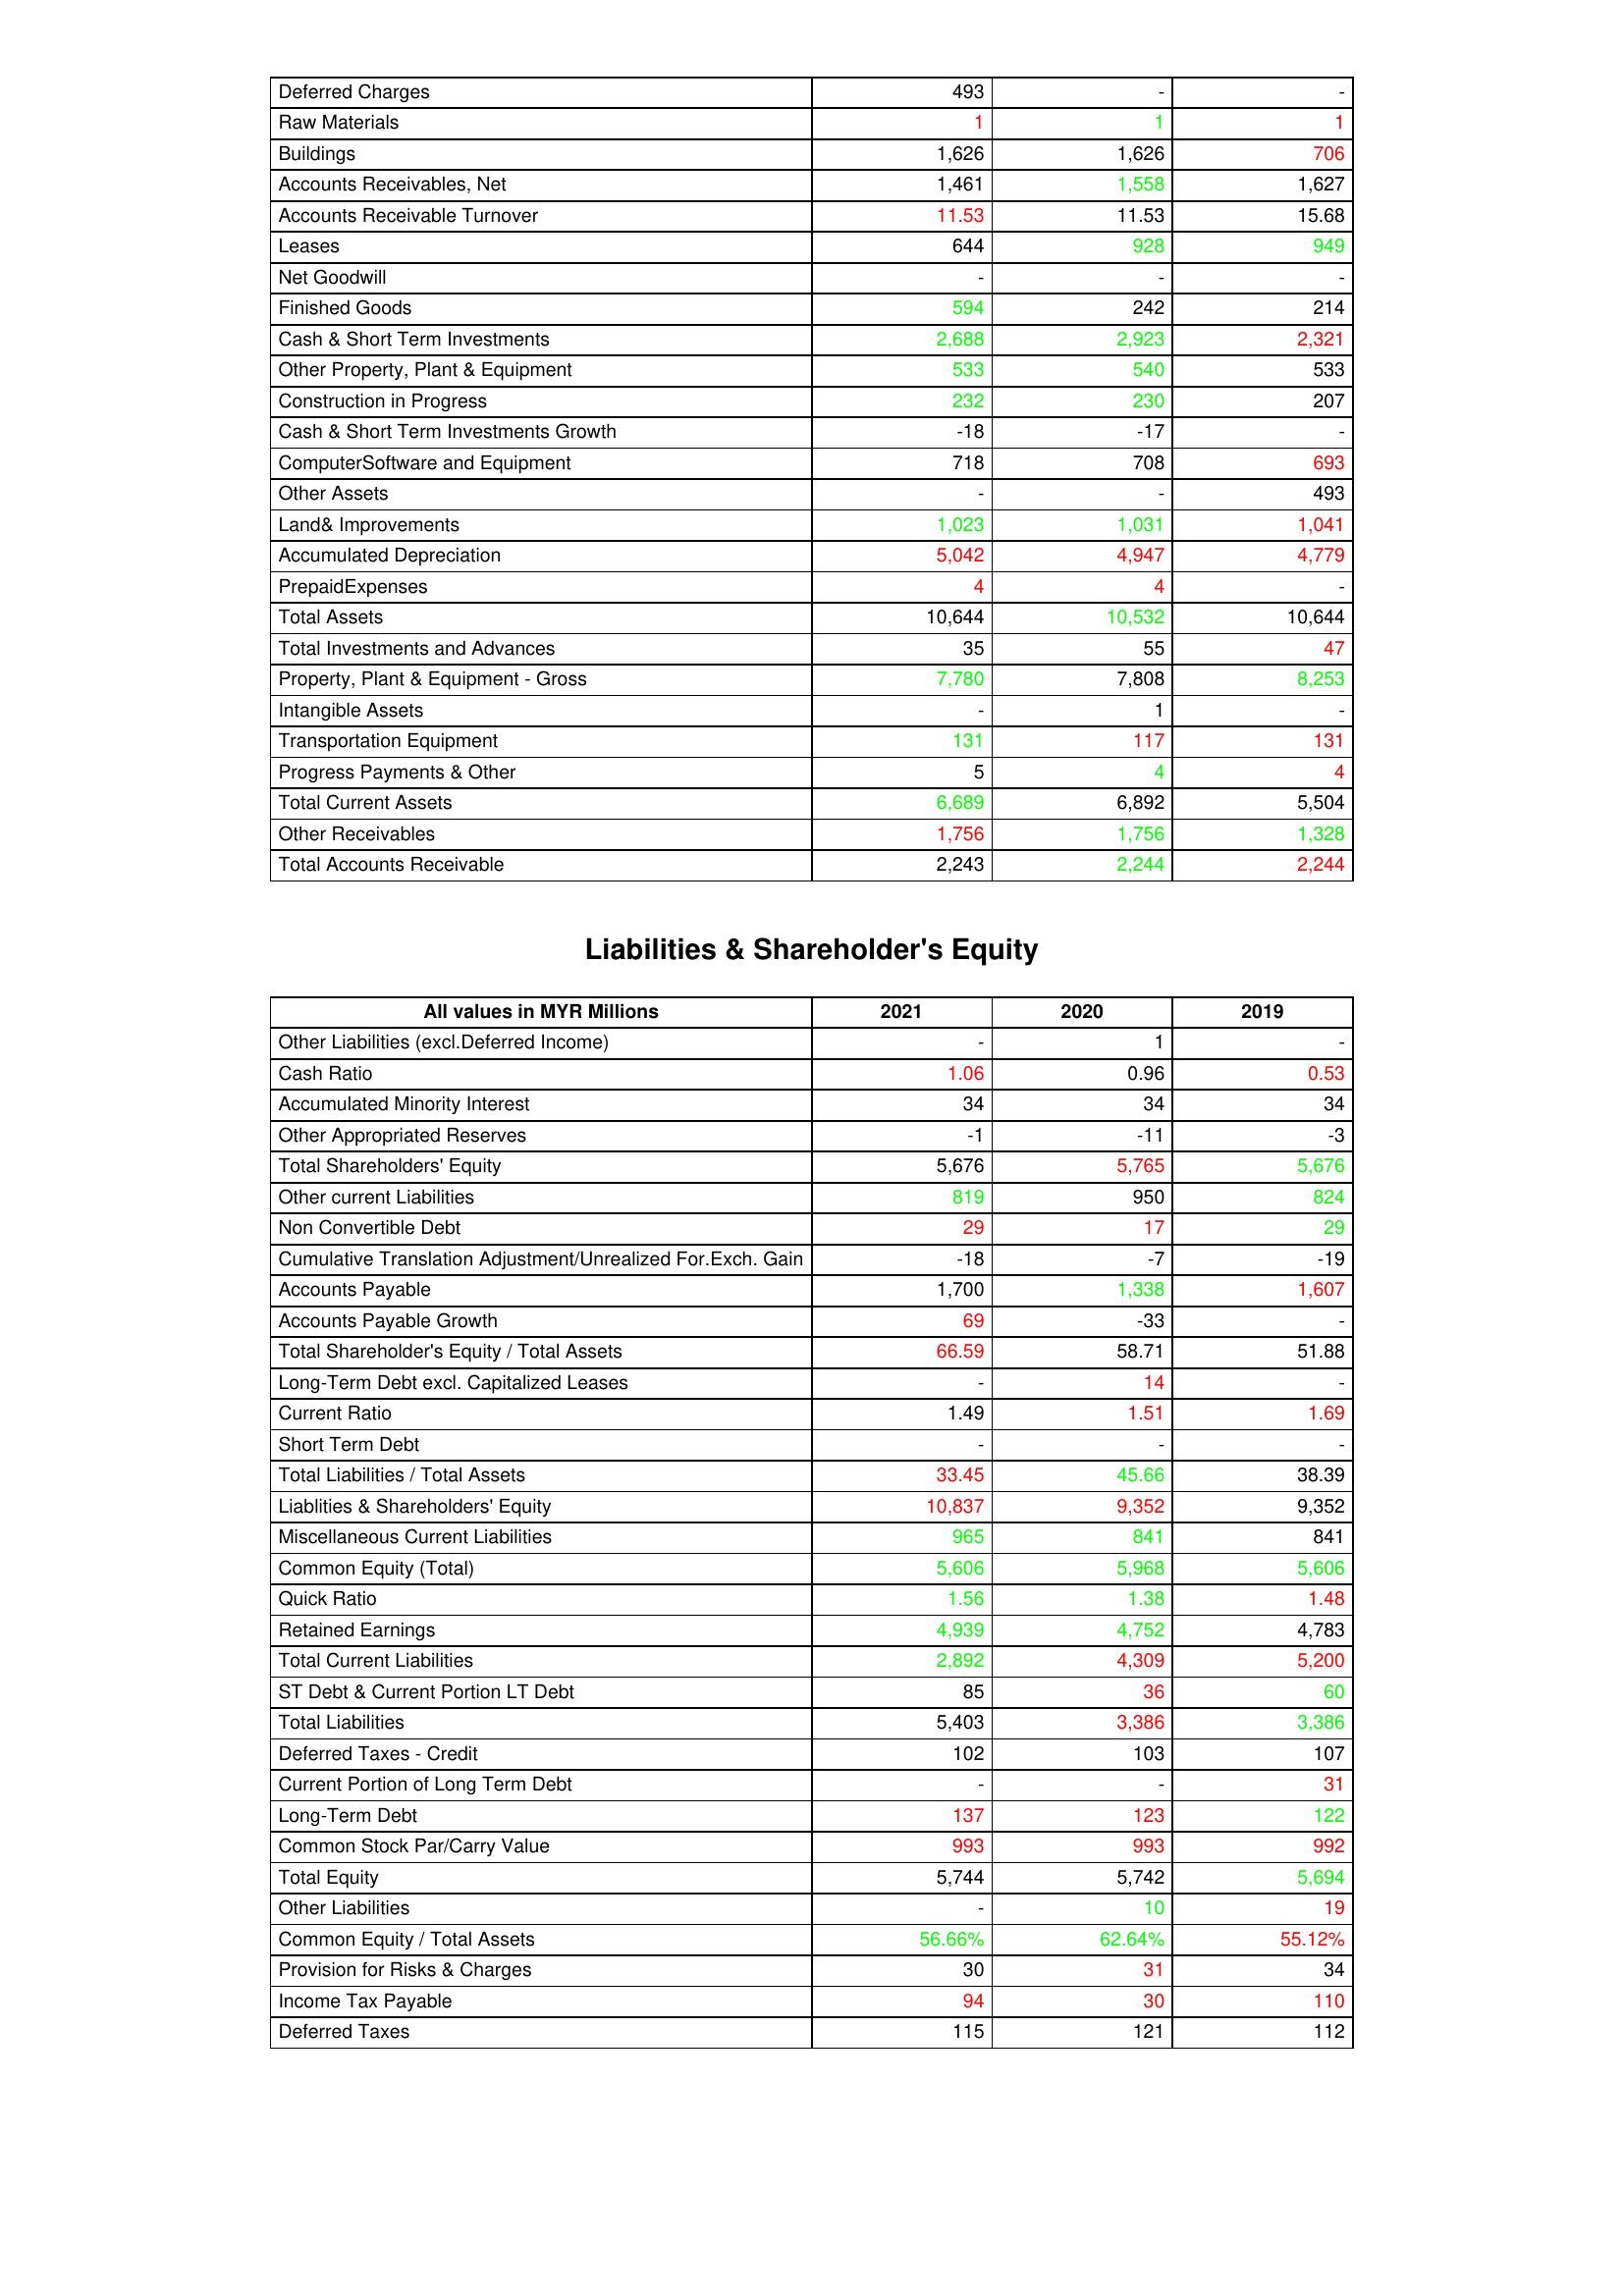
gt_parse: 2021: Assets: Deferred Charges: 493
Raw Materials: 1
Buildings: 1,626
Accounts Receivables, Net: 1,461
Accounts Receivable Turnover: 11.53
Leases: 644
Net Goodwill: -
Finished Goods: 594
Cash & Short Term Investments: 2,688
Other Property, Plant & Equipment: 533
Construction in Progress: 232
Cash & Short Term Investments Growth: -18
ComputerSoftware and Equipment: 718
Other Assets: -
Land& Improvements: 1,023
Accumulated Depreciation: 5,042
PrepaidExpenses: 4
Total Assets: 10,644
Total Investments and Advances: 35
Property, Plant & Equipment - Gross : 7,780
Intangible Assets: -
Transportation Equipment: 131
Progress Payments & Other: 5
Total Current Assets: 6,689
Other Receivables: 1,756
Total Accounts Receivable: 2,243
Liabilities & Shareholder's Equity: Other Liabilities (excl.Deferred Income): -
Cash Ratio: 1.06
Accumulated Minority Interest: 34
Other Appropriated Reserves: -1
Total Shareholders' Equity: 5,676
Other current Liabilities: 819
Non Convertible Debt: 29
Cumulative Translation Adjustment/Unrealized For.Exch. Gain: -18
Accounts Payable: 1,700
Accounts Payable Growth: 69
Total Shareholder's Equity / Total Assets: 66.59
Long-Term Debt excl. Capitalized Leases: -
Current Ratio: 1.49
Short Term Debt: -
Total Liabilities / Total Assets: 33.45
Liablities & Shareholders' Equity: 10,837
Miscellaneous Current Liabilities: 965
Common Equity (Total): 5,606
Quick Ratio: 1.56
Retained Earnings: 4,939
Total Current Liabilities: 2,892
ST Debt & Current Portion LT Debt: 85
Total Liabilities: 5,403
Deferred Taxes - Credit: 102
Current Portion of Long Term Debt: -
Long-Term Debt: 137
Common Stock Par/Carry Value: 993
Total Equity: 5,744
Other Liabilities: -
Common Equity / Total Assets: 56.66%
Provision for Risks & Charges: 30
Income Tax Payable: 94
Deferred Taxes: 115
2020: Assets: Deferred Charges: -
Raw Materials: 1
Buildings: 1,626
Accounts Receivables, Net: 1,558
Accounts Receivable Turnover: 11.53
Leases: 928
Net Goodwill: -
Finished Goods: 242
Cash & Short Term Investments: 2,923
Other Property, Plant & Equipment: 540
Construction in Progress: 230
Cash & Short Term Investments Growth: -17
ComputerSoftware and Equipment: 708
Other Assets: -
Land& Improvements: 1,031
Accumulated Depreciation: 4,947
PrepaidExpenses: 4
Total Assets: 10,532
Total Investments and Advances: 55
Property, Plant & Equipment - Gross : 7,808
Intangible Assets: 1
Transportation Equipment: 117
Progress Payments & Other: 4
Total Current Assets: 6,892
Other Receivables: 1,756
Total Accounts Receivable: 2,244
Liabilities & Shareholder's Equity: Other Liabilities (excl.Deferred Income): 1
Cash Ratio: 0.96
Accumulated Minority Interest: 34
Other Appropriated Reserves: -11
Total Shareholders' Equity: 5,765
Other current Liabilities: 950
Non Convertible Debt: 17
Cumulative Translation Adjustment/Unrealized For.Exch. Gain: -7
Accounts Payable: 1,338
Accounts Payable Growth: -33
Total Shareholder's Equity / Total Assets: 58.71
Long-Term Debt excl. Capitalized Leases: 14
Current Ratio: 1.51
Short Term Debt: -
Total Liabilities / Total Assets: 45.66
Liablities & Shareholders' Equity: 9,352
Miscellaneous Current Liabilities: 841
Common Equity (Total): 5,968
Quick Ratio: 1.38
Retained Earnings: 4,752
Total Current Liabilities: 4,309
ST Debt & Current Portion LT Debt: 36
Total Liabilities: 3,386
Deferred Taxes - Credit: 103
Current Portion of Long Term Debt: -
Long-Term Debt: 123
Common Stock Par/Carry Value: 993
Total Equity: 5,742
Other Liabilities: 10
Common Equity / Total Assets: 62.64%
Provision for Risks & Charges: 31
Income Tax Payable: 30
Deferred Taxes: 121
2019: Assets: Deferred Charges: -
Raw Materials: 1
Buildings: 706
Accounts Receivables, Net: 1,627
Accounts Receivable Turnover: 15.68
Leases: 949
Net Goodwill: -
Finished Goods: 214
Cash & Short Term Investments: 2,321
Other Property, Plant & Equipment: 533
Construction in Progress: 207
Cash & Short Term Investments Growth: -
ComputerSoftware and Equipment: 693
Other Assets: 493
Land& Improvements: 1,041
Accumulated Depreciation: 4,779
PrepaidExpenses: -
Total Assets: 10,644
Total Investments and Advances: 47
Property, Plant & Equipment - Gross : 8,253
Intangible Assets: -
Transportation Equipment: 131
Progress Payments & Other: 4
Total Current Assets: 5,504
Other Receivables: 1,328
Total Accounts Receivable: 2,244
Liabilities & Shareholder's Equity: Other Liabilities (excl.Deferred Income): -
Cash Ratio: 0.53
Accumulated Minority Interest: 34
Other Appropriated Reserves: -3
Total Shareholders' Equity: 5,676
Other current Liabilities: 824
Non Convertible Debt: 29
Cumulative Translation Adjustment/Unrealized For.Exch. Gain: -19
Accounts Payable: 1,607
Accounts Payable Growth: -
Total Shareholder's Equity / Total Assets: 51.88
Long-Term Debt excl. Capitalized Leases: -
Current Ratio: 1.69
Short Term Debt: -
Total Liabilities / Total Assets: 38.39
Liablities & Shareholders' Equity: 9,352
Miscellaneous Current Liabilities: 841
Common Equity (Total): 5,606
Quick Ratio: 1.48
Retained Earnings: 4,783
Total Current Liabilities: 5,200
ST Debt & Current Portion LT Debt: 60
Total Liabilities: 3,386
Deferred Taxes - Credit: 107
Current Portion of Long Term Debt: 31
Long-Term Debt: 122
Common Stock Par/Carry Value: 992
Total Equity: 5,694
Other Liabilities: 19
Common Equity / Total Assets: 55.12%
Provision for Risks & Charges: 34
Income Tax Payable: 110
Deferred Taxes: 112